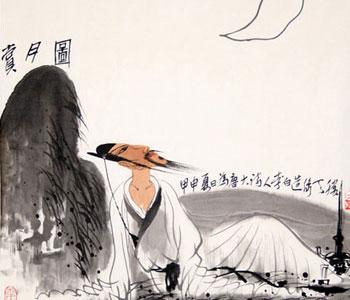
圆魄上寒空，皆言四海同。